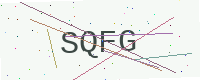
Text: SQFG